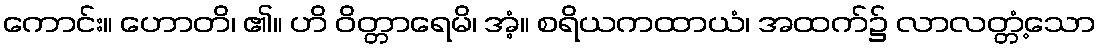
ကောင်း။ ဟောတိ၊ ၏။ ဟိ ဝိတ္တာရေမိ၊ အံ့။ စရိယကထာယံ၊ အထက်၌ လာလတ္တံ့သော